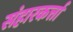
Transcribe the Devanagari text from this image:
संहारकर्त्ता